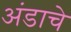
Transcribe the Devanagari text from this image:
अंडाचे